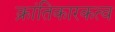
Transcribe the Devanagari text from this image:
क्रांतिकारकत्व